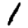
Digit: 1